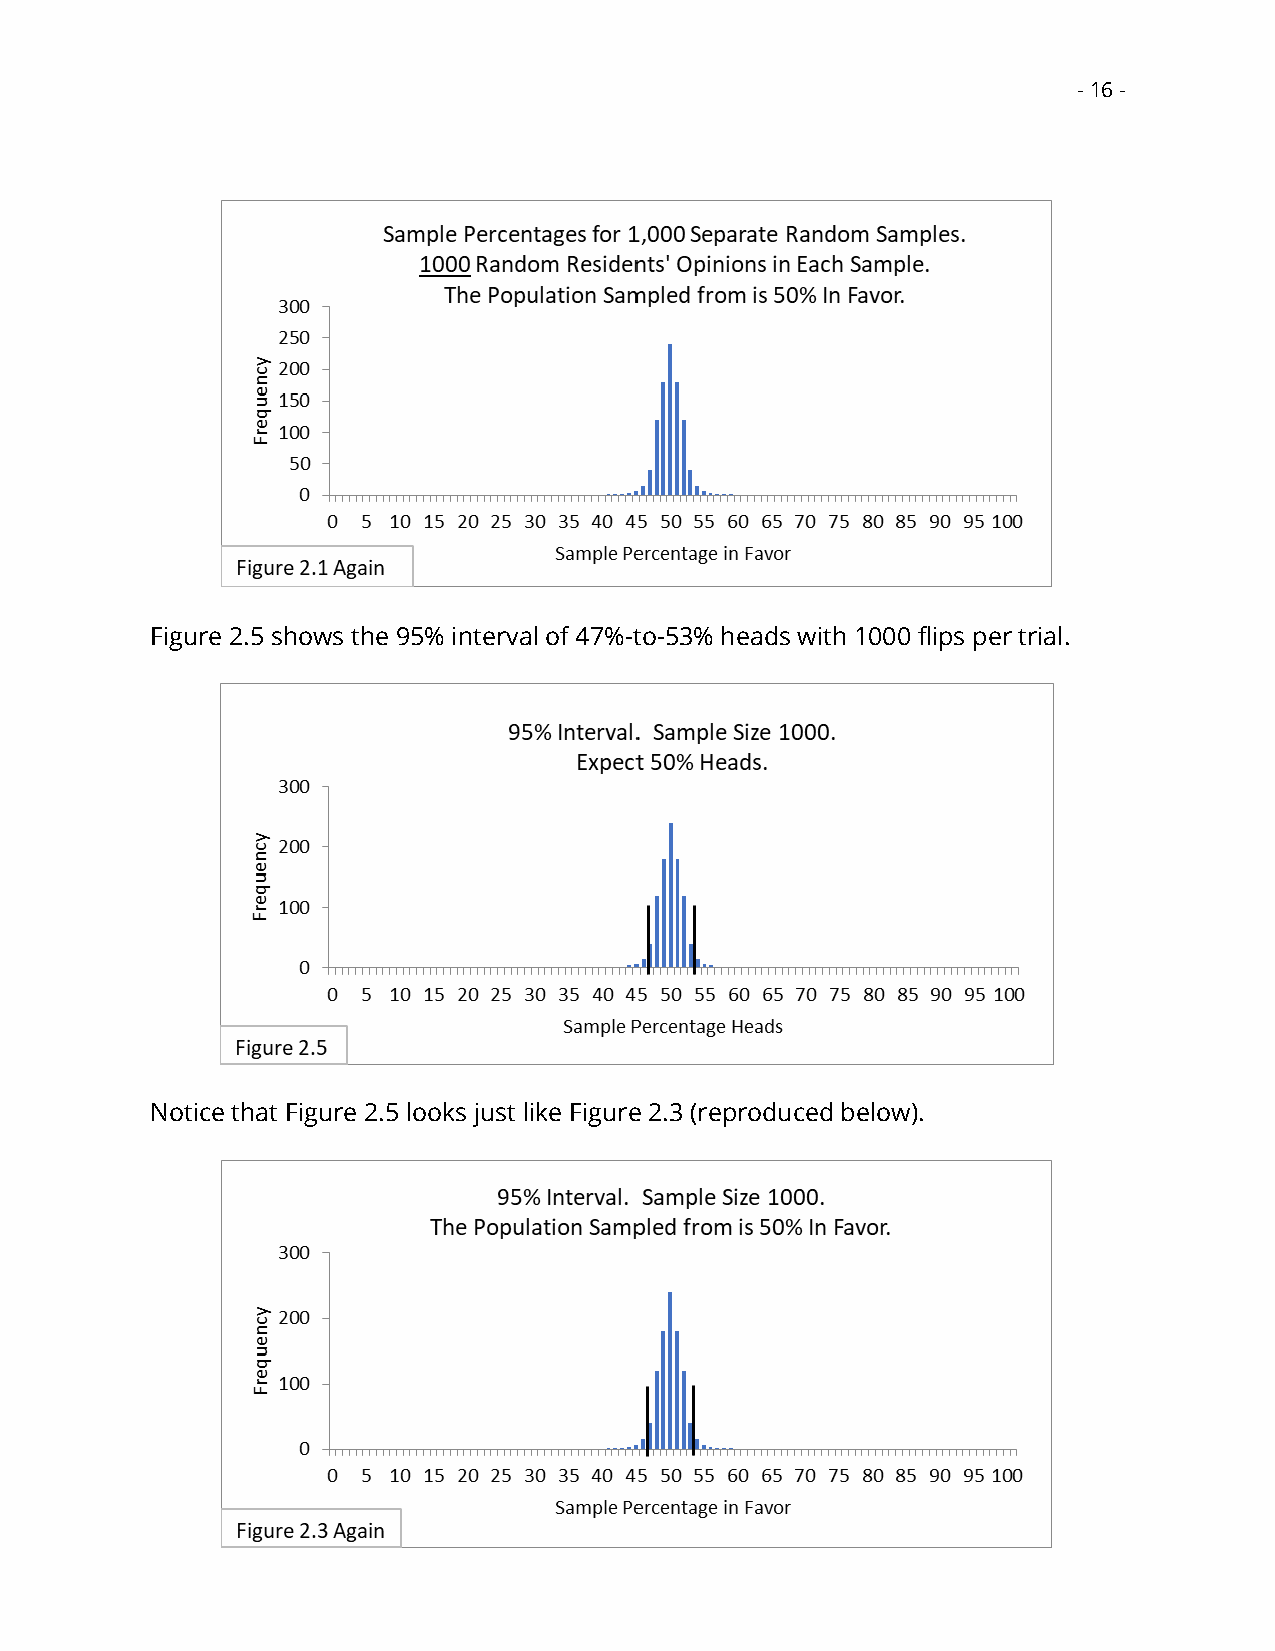
- 16 -
 Figure 2.5 shows the 95% interval of 47%-to-53% heads with 1000 flips per trial.
 Notice that Figure 2.5 looks just like Figure 2.3 (reproduced below).